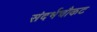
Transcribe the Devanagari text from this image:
संदर्भचौकट